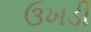
ઉખડી